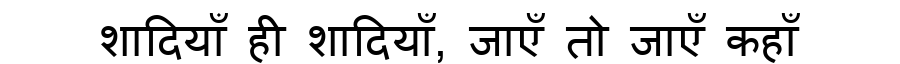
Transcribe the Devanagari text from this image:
शादियाँ ही शादियाँ, जाएँ तो जाएँ कहाँ